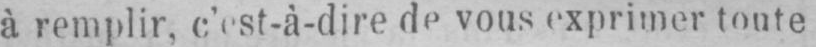
à remplir, c’est-à-dire de vous exprimer toute